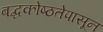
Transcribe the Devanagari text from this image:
बद्धकोष्ठतेपासून